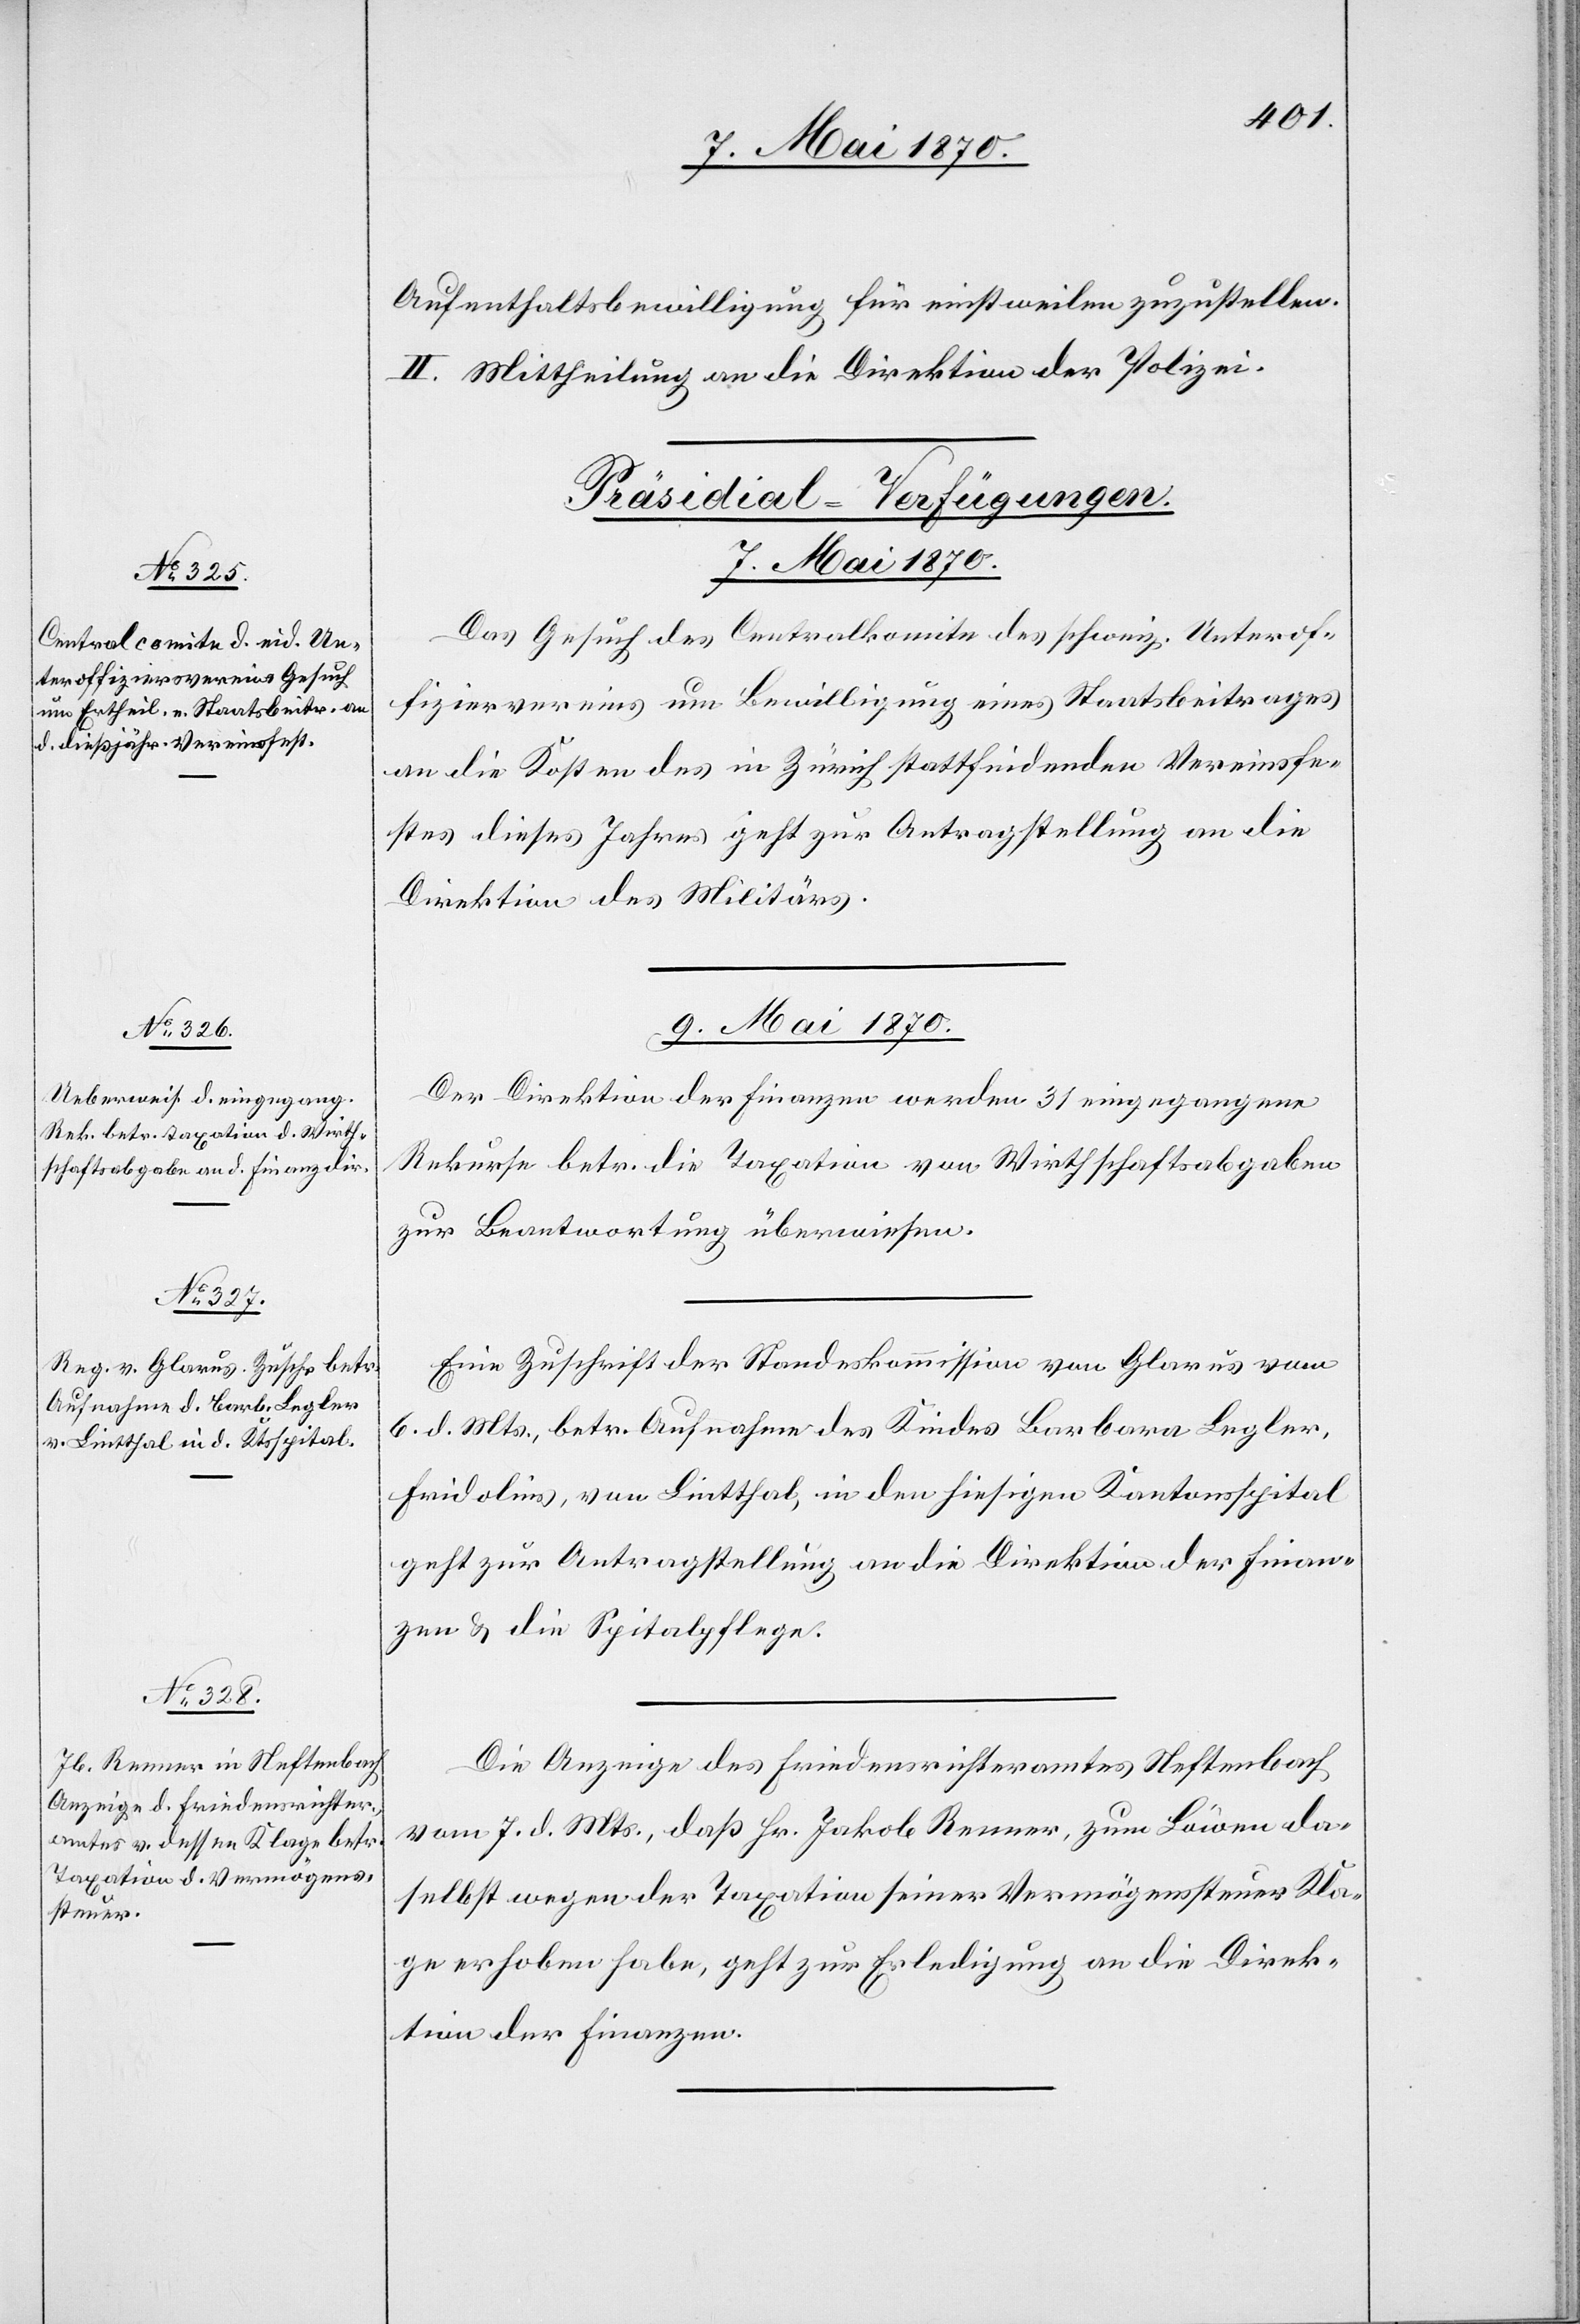
Aufenthaltsbewilligung für einstweilen zuzustellen.
II. Mittheilung an die Direktion der Polizei.
[Präsidial-Verfügungen.
7. Mai 1870.
Das Gesuch des Centralkomite des schweiz. Unterof¬
fiziervereins um Bewilligung eines Staatsbeitrages
an die Kosten des in Zürich stattfindenden Vereinsfe¬
stes dieses Jahres geht zur Antragstellung an die
Direktion des Militärs.
9. Mai 1870.]
Der Direktion der Finanzen werden 31 eingegangene
Rekurse betr. die Taxation von Wirthschaftsabgaben
zur Beantwortung überwiesen.
Eine Zuschrift der Standeskommission von Glarus vom
6. d. Mts., betr. Aufnahme des Kindes Barbara Legler,
Fridolins, von Lintthal, in dem hiesigen Kantonsspital
geht zur Antragstellung an die Direktion der Finan¬
zen & die Spitalpflege.
Die Anzeige des Friedensrichteramtes Neftenbach
vom 7. d. Mts., daß Hr. Jakob Renner, zum Löwen da¬
selbst wegen der Taxation seiner Vermögenssteuer Kla¬
ge erhoben habe, geht zur Erledigung an die Direk¬
tion der Finanzen.